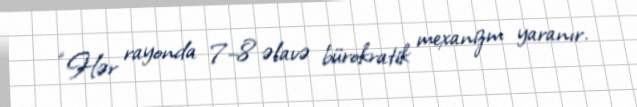
“Hər rayonda 7–8 əlavə bürokratik mexanizm yaranır.